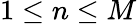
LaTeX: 1\leq n\leq M